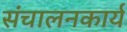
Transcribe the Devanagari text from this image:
संचालनकार्य